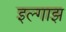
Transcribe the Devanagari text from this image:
इल्गाझ